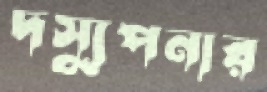
দস্যুপনার